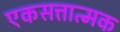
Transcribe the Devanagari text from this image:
एकसत्तात्मक